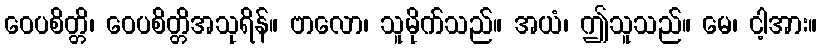
ဝေပစိတ္တိ၊ ဝေပစိတ္တိအသုရိန်။ ဗာလော၊ သူမိုက်သည်။ အယံ၊ ဤသူသည်။ မေ၊ ငါ့အား။